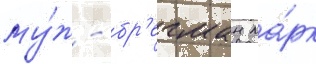
му́ж - бр'егман ма́рк